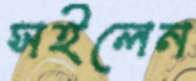
সইলেন